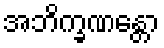
အဘိက္ခဏန္တော